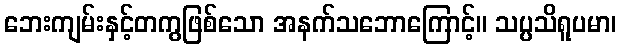
ဘေးကျမ်းနှင့်တကွဖြစ်သော အနက်သဘောကြောင့်။ သပ္ပသိရူပမာ၊